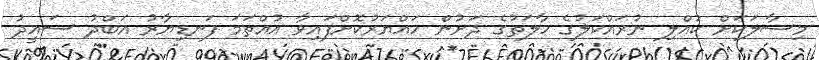
މިސާލަކަށް ކުއްލި ނުރައްކަލުގެ ހާލަތުގެ ދަށުން ހައްޔަރުކޮށްފައިވާ އުއްތަމަ ފަނޑިޔާރު އަބްދު ސައީދު